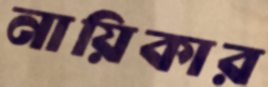
নায়িকার